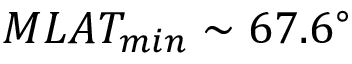
M L A T _ { m i n } \sim 6 7 . 6 ^ { \circ }